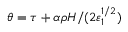
\theta = \tau + \alpha \rho H / ( 2 \varepsilon _ { 1 } ^ { 1 / 2 } )